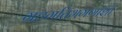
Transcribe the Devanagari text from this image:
ग्रहगतिभगणांशी